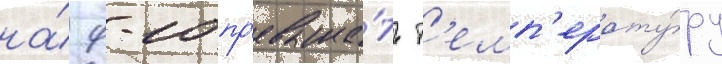
на́ 9-10 пр'евыша́ть т'емп'ерату́ру